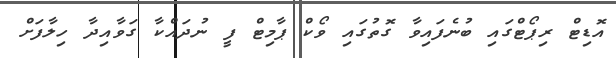
އޮޑިޓް ރިޕޯޓްގައި ބުނެފައިވާ ގޮތުގައި ވޯކް ޕާމިޓް ފީ ނުދައްކާ ގަވާއިދާ ހިލާފަށް